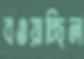
বওয়াচ্ছিল